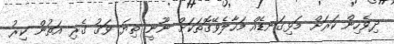
ދިވެހިން ކަރަށް މަޅިގަނޑެއް މަހާލެވޭގޮތަކަށް ނޫނީ ތިޔަ ވަގު ގެރި އަތުން ކިރު